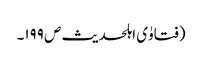
(فتاوٰی اہلحدیث ص ۱۹۹۔